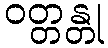
ဝတ္တန္တု